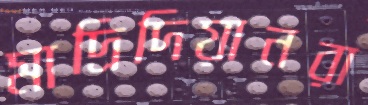
মাদ্রিদিয়ানরা